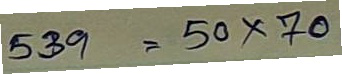
539 = 50 x 70